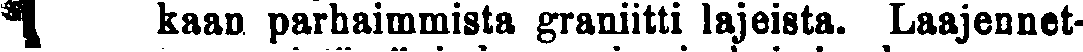
# kaan parhaimmista graniitti lajeista. Laajennet-